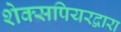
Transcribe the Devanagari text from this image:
शेक्सपियरद्वारा